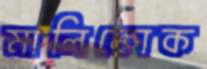
মালিকোক